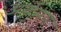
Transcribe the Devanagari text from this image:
अर्यमण